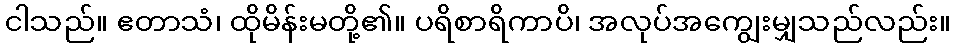
ငါသည်။ ဧတာသံ၊ ထိုမိန်းမတို့၏။ ပရိစာရိကာပိ၊ အလုပ်အကျွေးမျှသည်လည်း။